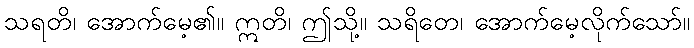
သရတိ၊ အောက်မေ့၏။ ဣတိ၊ ဤသို့။ သရိတေ၊ အောက်မေ့လိုက်သော်။